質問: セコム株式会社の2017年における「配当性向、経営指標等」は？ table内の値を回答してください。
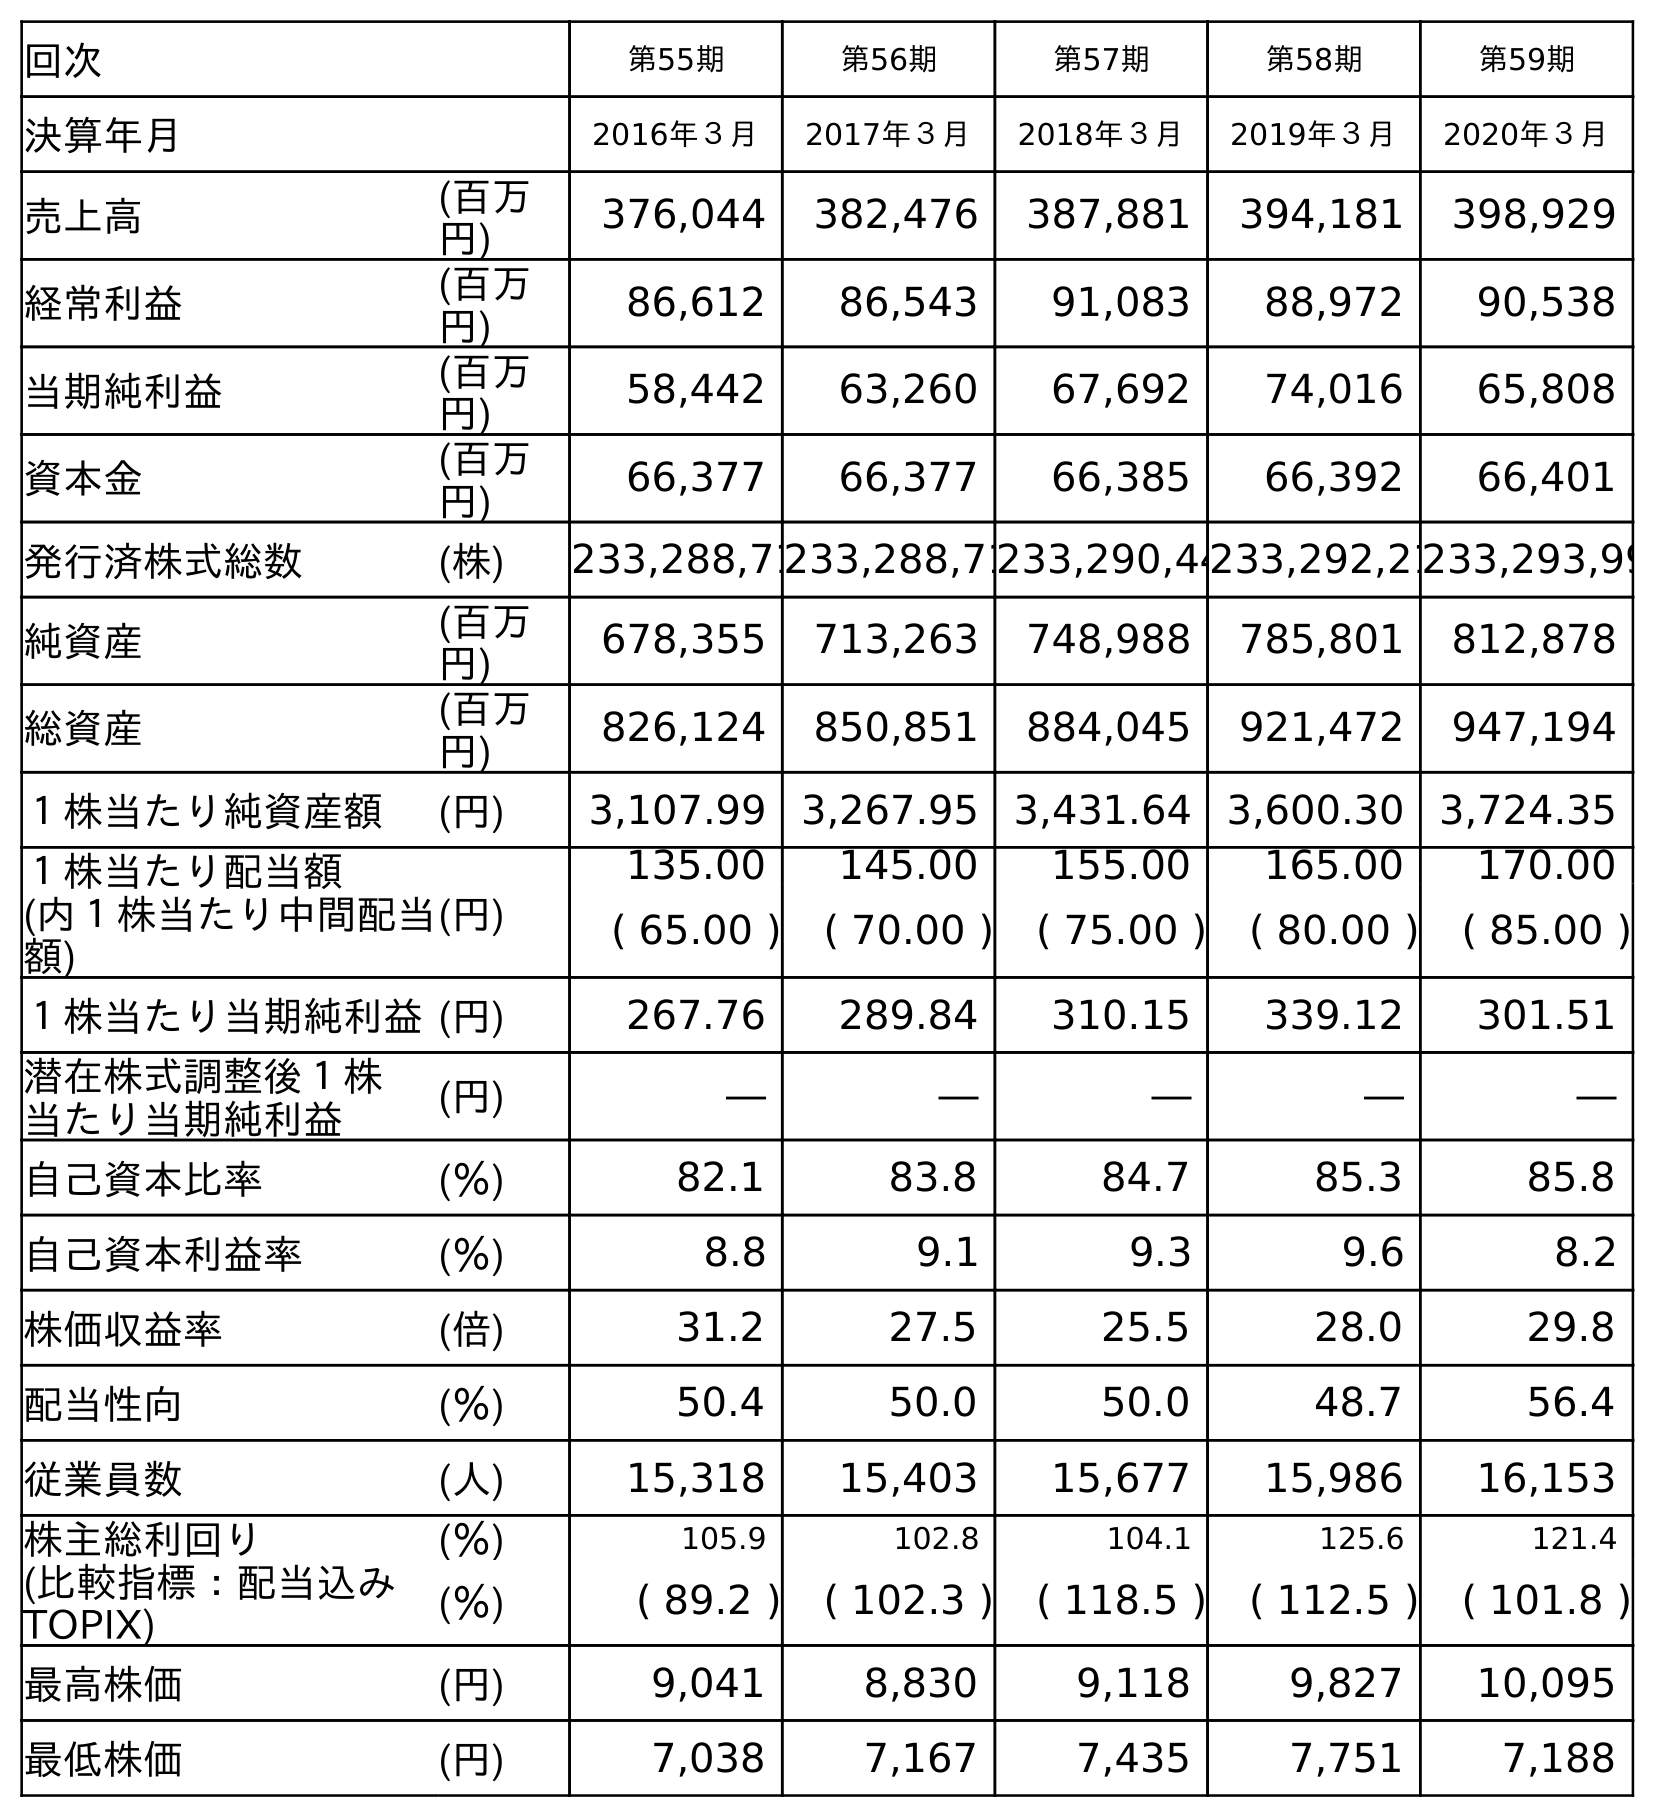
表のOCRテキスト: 回次 第55期 第56期 第57期 第58期 第59期 決算年月 2016年３月 2017年３月 2018年３月 2019年３月 2020年３月 売上高 (百万 円) 376,044 382,476 387,881 394,181 398,929 経常利益 (百万 円) 86,612 86,543 91,083 88,972 90,538 当期純利益 (百万 円) 58,442 63,260 67,692 74,016 65,808 資本金 (百万 円) 66,377 66,377 66,385 66,392 66,401 発行済株式総数 (株) 233,288,71233,288,71233,290,44233,292,21233,293,99 純資産 (百万 円) 678,355 713,263 748,988 785,801 812,878 総資産 (百万 円) 826,124 850,851 884,045 921,472 947,194 １株当たり純資産額 (円) 3,107.99 3,267.95 3,431.64 3,600.30 3,724.35 １株当たり配当額 (内１株当たり中間配当 額) (円) 135.00 145.00 155.00 165.00 170.00 ( 65.00 ) ( 70.00 ) ( 75.00 ) ( 80.00 ) ( 85.00 ) １株当たり当期純利益(円) 267.76 289.84 310.15 339.12 301.51 潜在株式調整後１株 当たり当期純利益 (円) ― ― ― ― ― 自己資本比率 (％) 82.1 83.8 84.7 85.3 85.8 自己資本利益率 (％) 8.8 9.1 9.3 9.6 8.2 株価収益率 (倍) 31.2 27.5 25.5 28.0 29.8 配当性向 (％) 50.4 50.0 50.0 48.7 56.4 従業員数 (人) 15,318 15,403 15,677 15,986 16,153 株主総利回り (％) 105.9 102.8 104.1 125.6 121.4 (比較指標：配当込み TOPIX) (％) ( 89.2 ) ( 102.3 ) ( 118.5 ) ( 112.5 ) ( 101.8 ) 最高株価 (円) 9,041 8,830 9,118 9,827 10,095 最低株価 (円) 7,038 7,167 7,435 7,751 7,188
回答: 50.0